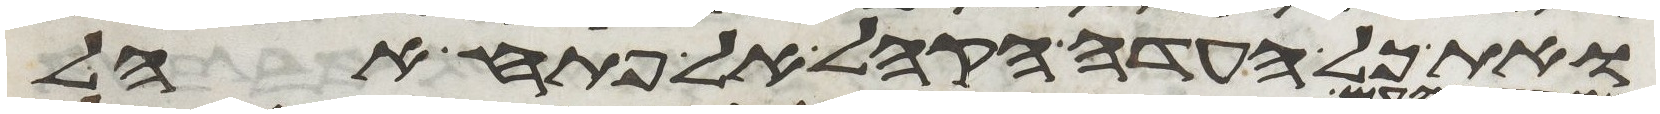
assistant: ואת כל העדה הקהל אל פתח אהל